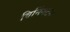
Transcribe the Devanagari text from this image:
विनिंगटन